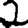
Digit: 2